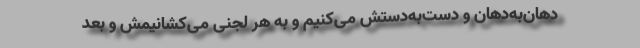
دهان‌به‌دهان و دست‌به‌دستش می‌کنیم و به هر لجنی می‌کشانیمش و بعد